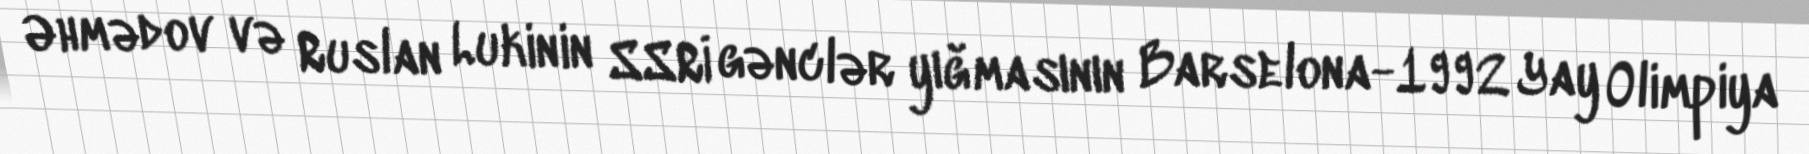
Əhmədov və Ruslan Lukinin SSRİ gənclər yığmasının Barselona-1992 Yay Olimpiya